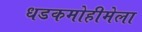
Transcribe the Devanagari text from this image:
धडकमोहीमेला